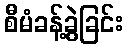
စီမံခန့်ခွဲခြင်း